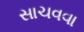
સાચવવા